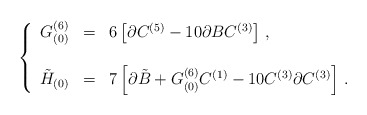
\begin{align*}\left\{\begin{array}{rcl}G^{(6)}_{(0)} & = & 6\left[\partial C^{(5)} -10\partial BC^{(3)}\right]\, ,\\& & \\\tilde{H}_{(0)} & = & 7\left[\partial\tilde{B} +G^{(6)}_{(0)}C^{(1)} -10C^{(3)}\partial C^{(3)}\right]\, .\\\end{array}\right.\end{align*}